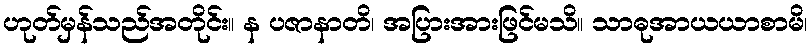
ဟုတ်မှန်သည်အတိုင်း။ န ပဇာနာတိ၊ အပြားအားဖြင်မသိ။ သာဓုအာယယာစာမိ၊